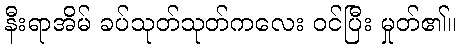
နီးရာအိမ် ခပ်သုတ်သုတ်ကလေး ဝင်ပြီး မှုတ်၏။